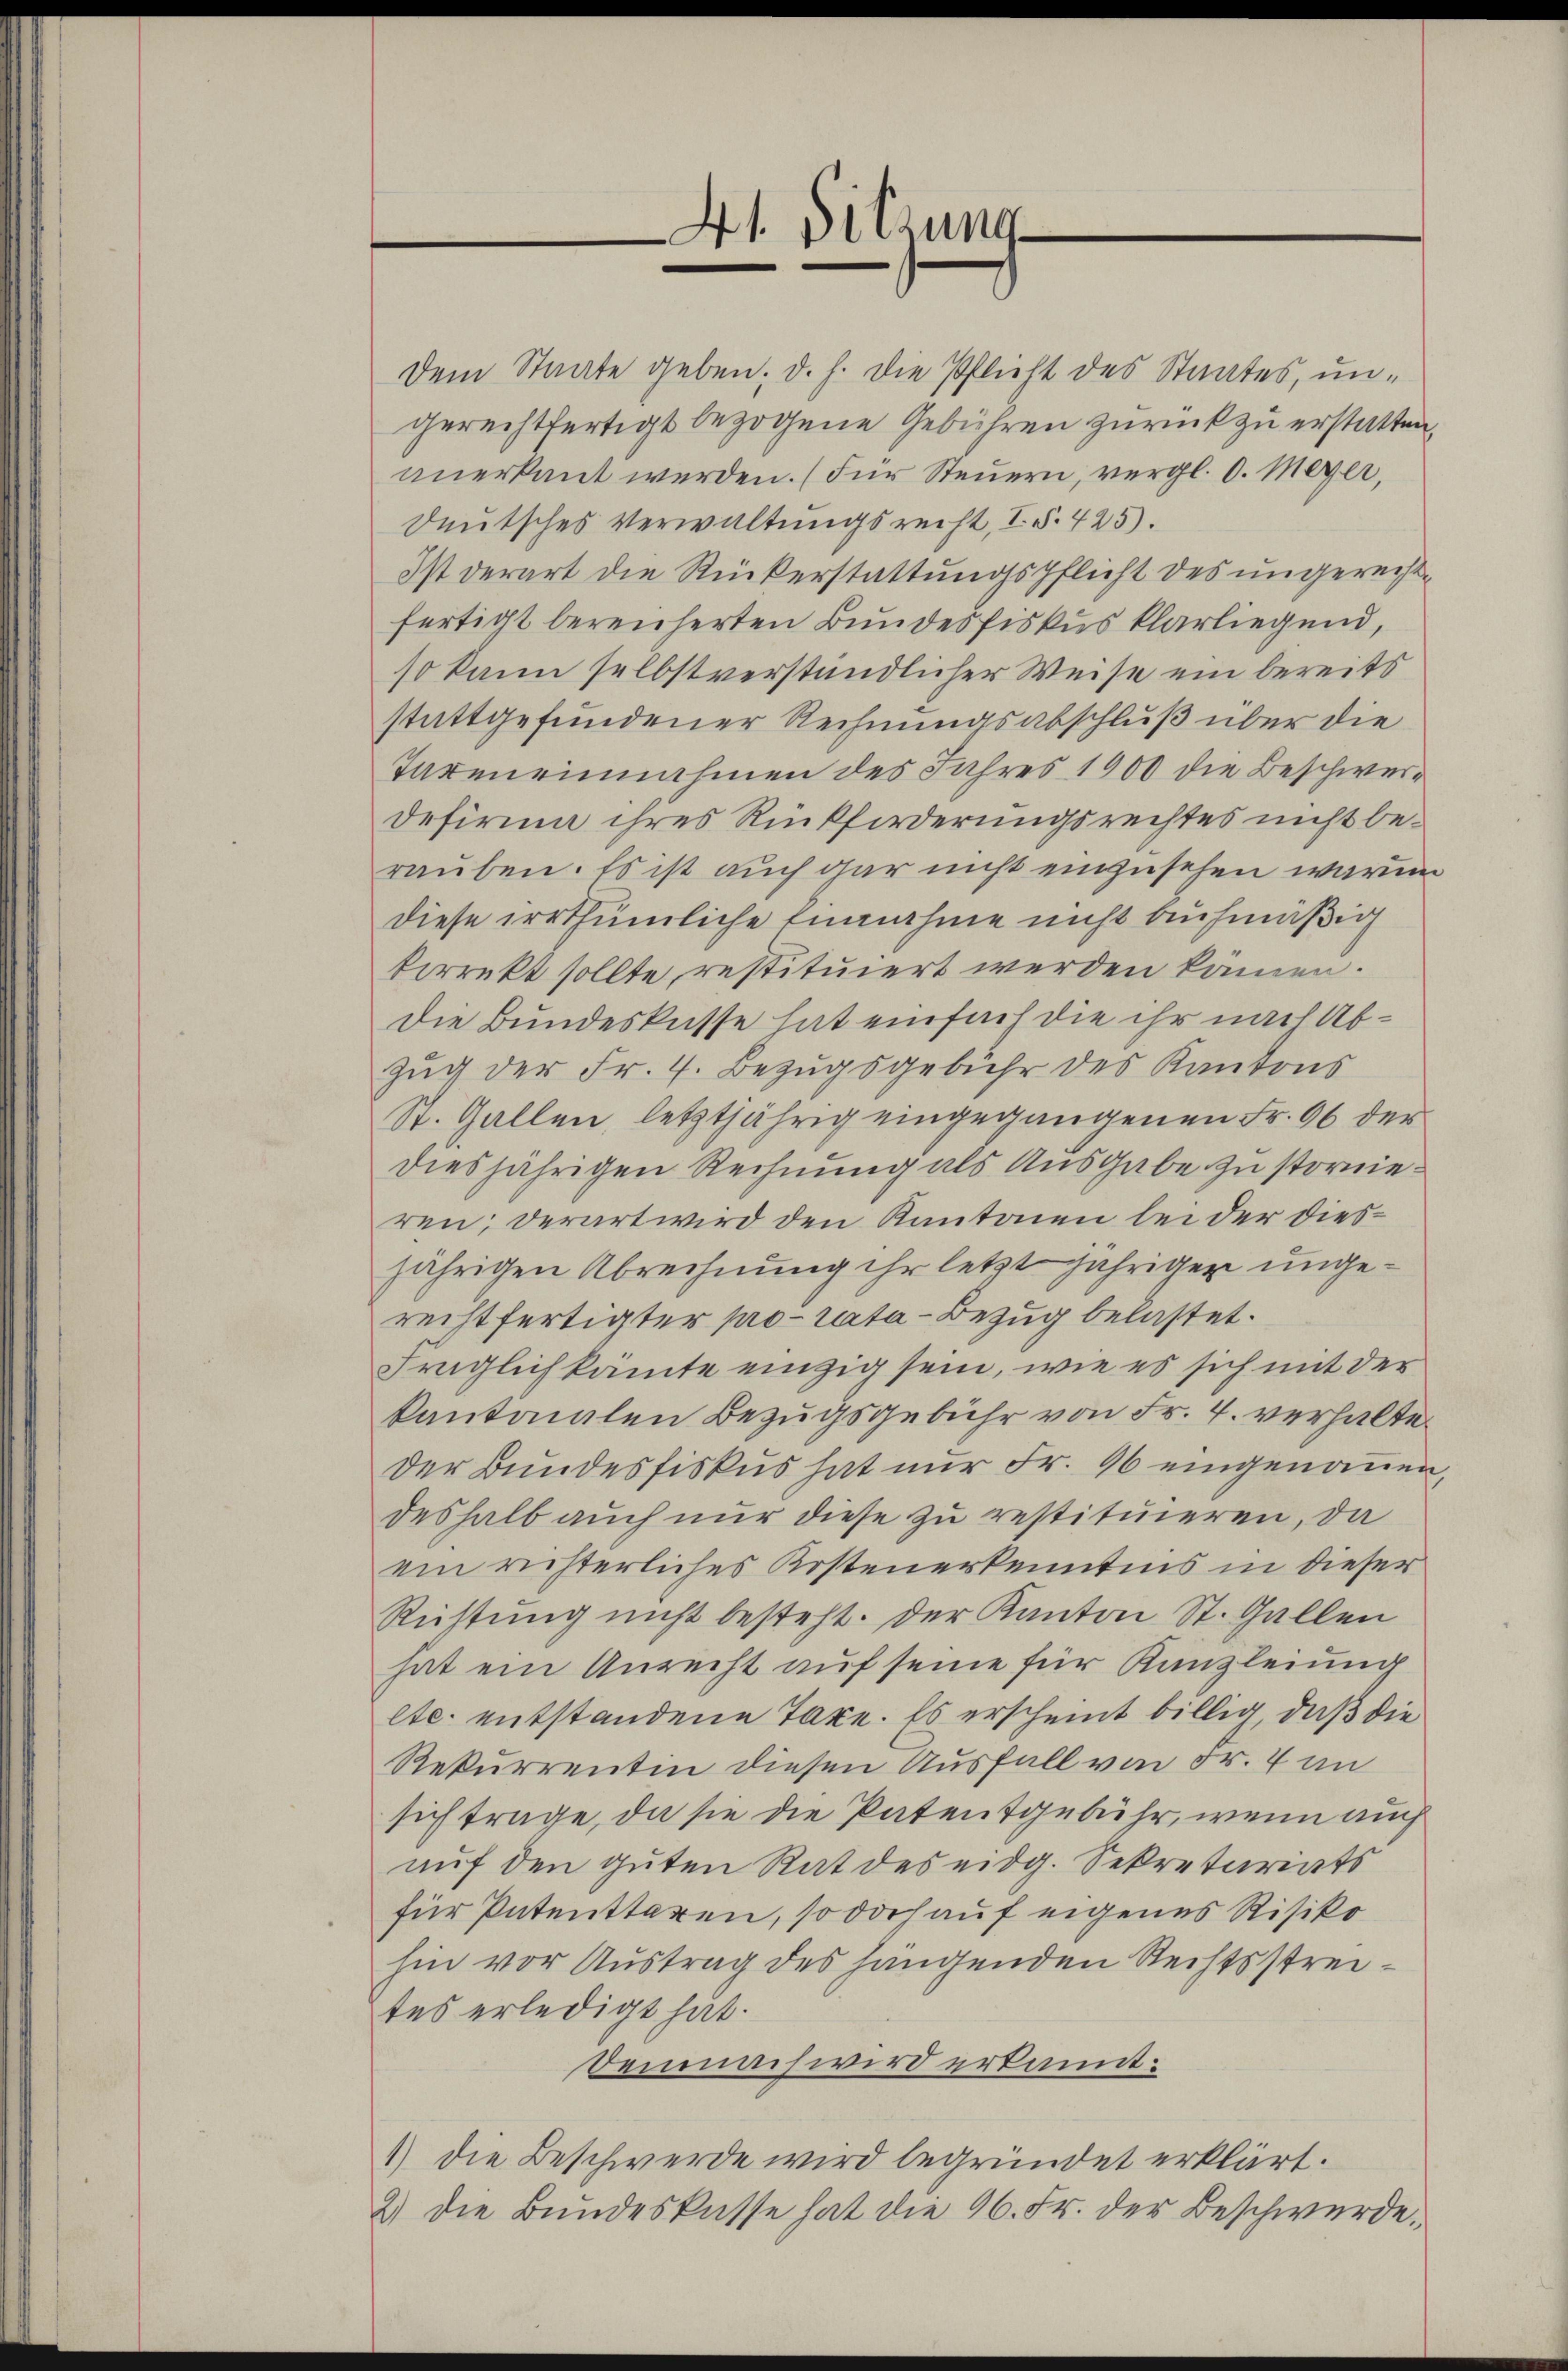
Dem Staate geben; d. h. die Pflicht des Staates, ungerechtfertigt bezogene Gebühren zurück zu erstatten,
anerkannt werden. (für Steŭern, vergl. d. Meyer,
deutsches Verwaltungsrecht, I. §. 425.
Ist derart die Rückerstattungspflicht des ungerechtfertigt bereicherten Bundesfiskus klarliegend,
so kann selbstverständlicher Weise ein bereits
stattgefundener Rechnungsabschluß über die
Tageneinnahmen des Jahres 1900 die Beschwer¬
Defirmm ihres Rückforderungsrechtes nicht berauben. Es ist auch gar nicht einzusehen waren.
diese irrthümliche Einnahme nicht aufmäßig
kirrekt sollte restituiert werden kämen.
die Bundesküsse hat einfach die ihr nach Ab¬
Zug der Fr. 4. Bezugsgebühr des Kantons
St. Gallen, letztjährig eingegangenen Fr. 96 der
diesjährigen Rechnung als Ausgabe zu stornieren; derart wird den Kantonen leider diesjährigen Abrechnung ihr letzt jährigen ungerechtfertigter pro rata - Bezug belastet.
Früglich kante einzig sein, wie es sich mit der
kantonalen Bezugsgebühr von Fr. 4. verhalte¬
Der Bundesfiskus hat nur Fr. 96 eingenauen
deshalb auch nur diese zu restituieren, da
ein richterliches Kostenerkenntnis in dieser
Rüstung nicht besteht. Der Kanton St. Gallen
hat ein Anrecht auf seine für Kanzleiung
etc. entstandene Taxe. Es erscheint billig, daß die
Rekurrentin diesen Ausfall von Fr. 7 an
sich trage, da sie die Patentgebühr, wenn auch
auf den guten Rat des eidg. Sekretariats
für Patenttaren, so doch auf eigenes Risiko
hin vor Austrag des hangenden Rechtsstreites erledigt hat.
Demnach wird erkannt:
1) die Beschwerde wird begründet erklärt.
2) die Bundeskasse hat die 46. Fr. der Beschwerde.

41. Sitzung